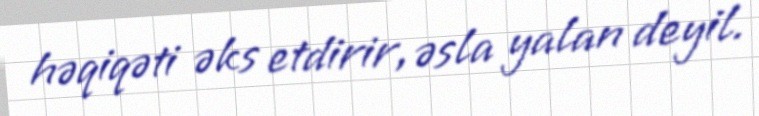
həqiqəti əks etdirir, əsla yalan deyil.